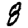
Digit: 8